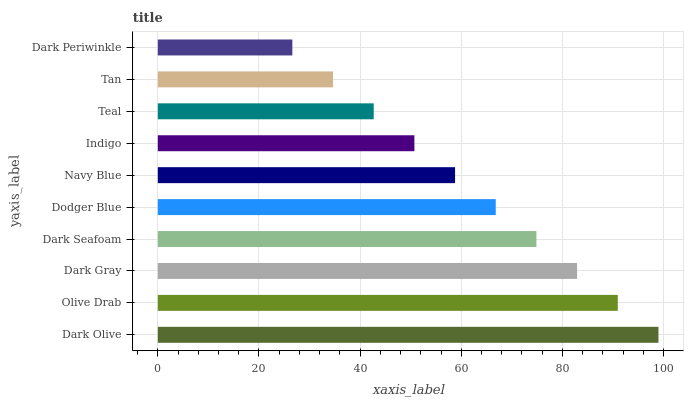
| yaxis_label | bars |
 | --- | --- |
 | Dark Olive | 99 |
 | Olive Drab | 91 |
 | Dark Gray | 82.9 |
 | Dark Seafoam | 74.9 |
 | Dodger Blue | 66.8 |
 | Navy Blue | 58.8 |
 | Indigo | 50.7 |
 | Teal | 42.7 |
 | Tan | 34.6 |
 | Dark Periwinkle | 26.6 |